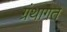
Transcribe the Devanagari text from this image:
ग्रंथागत